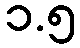
၁.၅